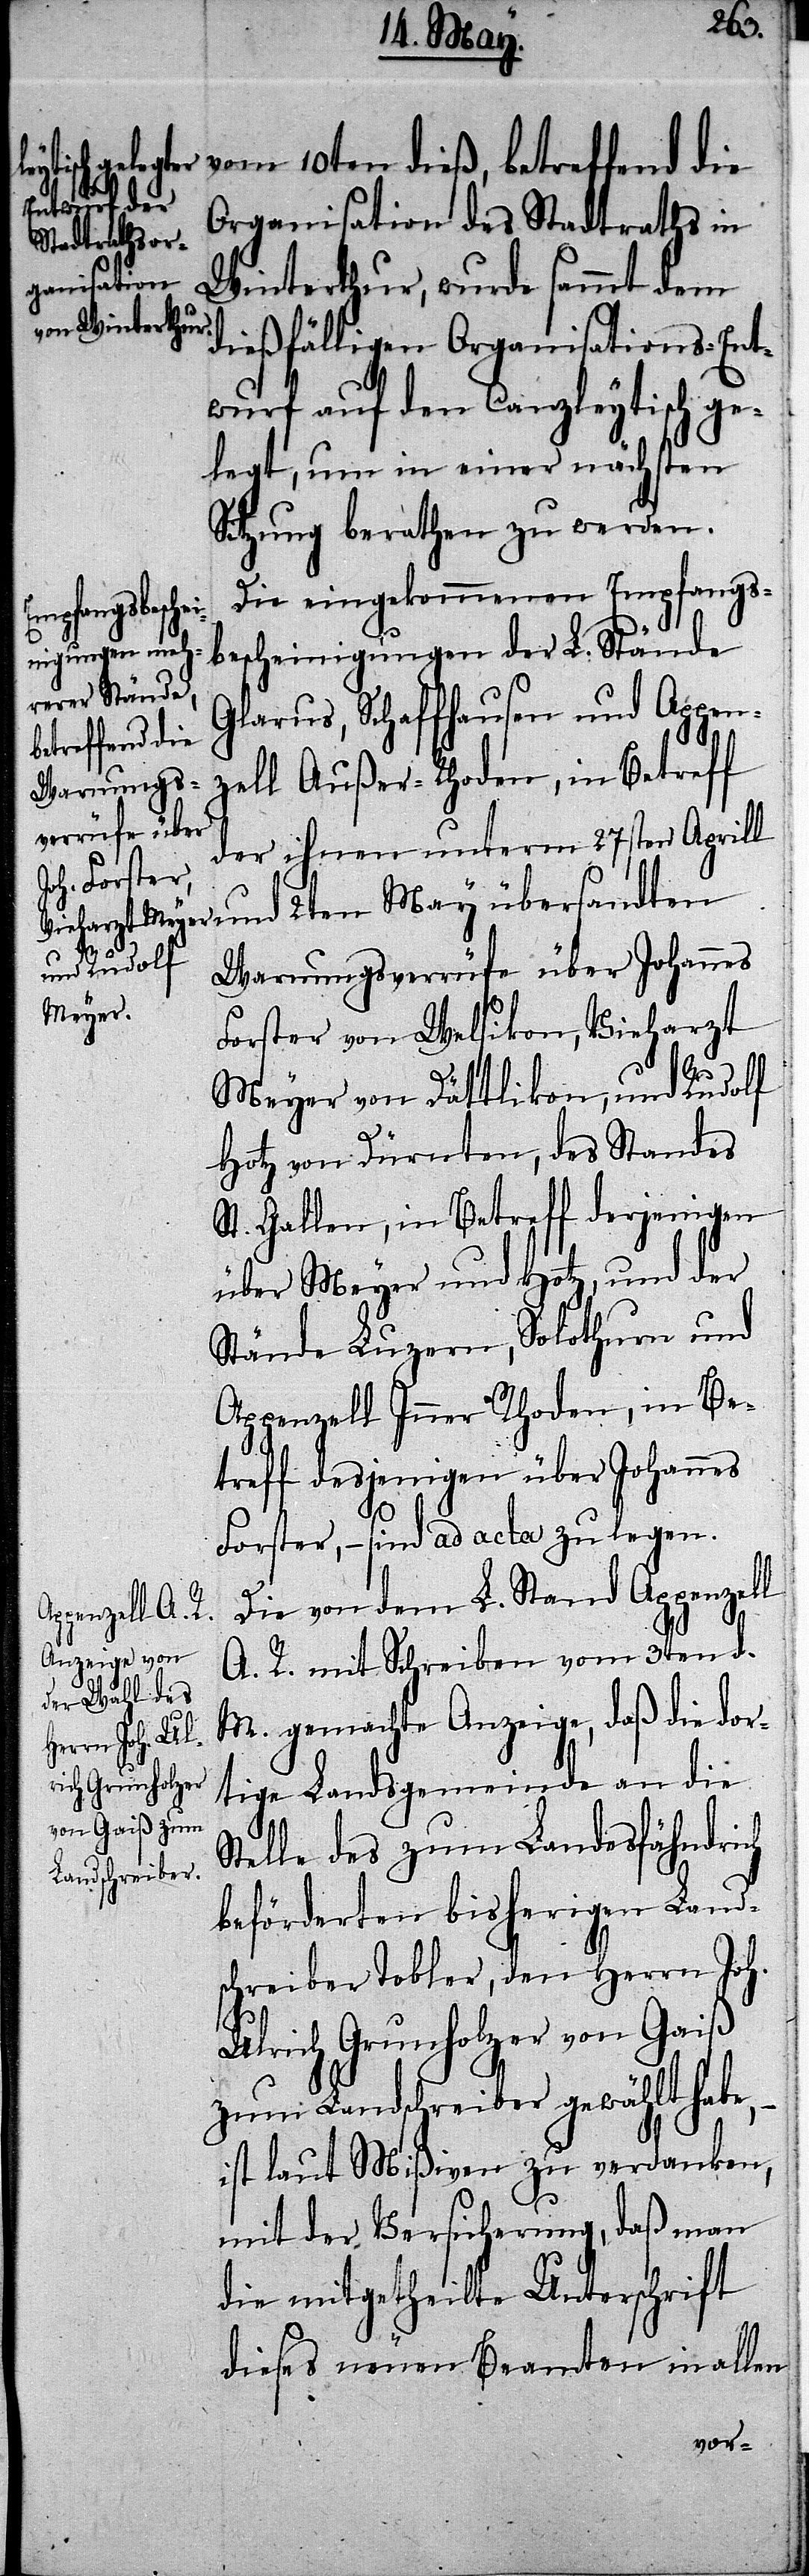
vom 10ten dieß, betreffend die
Organisation des Stadtraths in
Winterthur, wurde sammt dem
dießfälligen Organisations-Ent¬
wurf auf den Canzleytisch ge¬
legt, um in einer nächsten
Sitzung berathen zu werden.
Die eingekommenen Empfangs¬
bescheinigungen der L. Stände
Glarus, Schaffhausen und Appen¬
zell Außer-Rhoden, in Betreff
der ihnen unterm 27sten April¬
l und 2ten May übersandten
Warnungsverrüfe über Johannes
Forster von Welsikon, Vieharzt
Meyer von Dättlikon, und Rudolf
von Dürnten, des Standes
St. Gallen, in Betreff derjenigen
über Meyer und Hotz, und der
Stände Luzern, Solothurn und
Appenzell Inner Rhoden, in Be¬
treff desjenigen über Johannes
Forster, – sind ad acta zu legen.
Die von dem L. Stand Appenzell
A. R. mit Schreiben vom 3ten d.
M. gemachte Anzeige, daß die dor¬
tige Landgemeinde an die
Stelle des zum Landesfähndrich
beförderten bisherigen Land¬
schreiber Tobler, den Herrn Joh.
Ulrich Grundholzer von Gaiß
zum Landschreiber gewählt habe,
ist laut Mißiven zu verdanken,
mit der Versicherung, daß man
die mitgetheilte Unterschrift
dieses neuen Beamten in allen